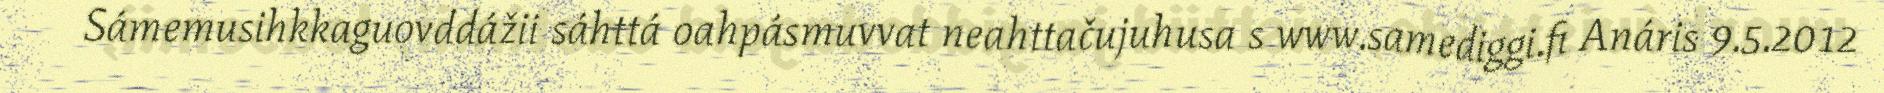
Sámemusihkkaguovddážii sáhttá oahpásmuvvat neahttačujuhusa s www.samediggi.fi Anáris 9.5.2012